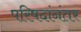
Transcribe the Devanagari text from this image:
परिषदांनंतर